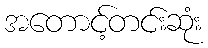
အတောင့်တင်းဆုံး